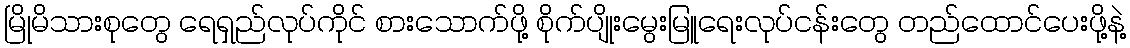
မြိုမိသားစုတွေ ရေရှည်လုပ်ကိုင် စားသောက်ဖို့ စိုက်ပျိုးမွေးမြူရေးလုပ်ငန်းတွေ တည်ထောင်ပေးဖို့နဲ့